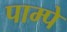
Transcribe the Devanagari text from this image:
पाम्पे